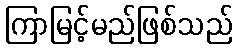
ကြာမြင့်မည်ဖြစ်သည်